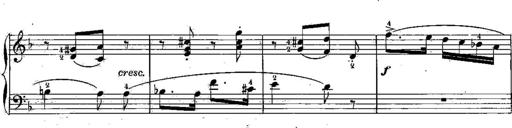
Title: 6 Sonatines
Composer: Albert Lavignac
Key: C major
 G major
 D major
 A minor
 F major
 B-flat major